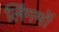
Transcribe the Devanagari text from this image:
लिंगमों